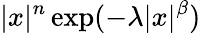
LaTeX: |x|^{n}\exp(-\lambda|x|^{\beta})